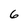
Character: 6